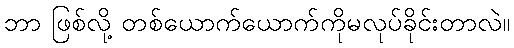
ဘာ ဖြစ်လို့ တစ်ယောက်ယောက်ကိုမလုပ်ခိုင်းတာလဲ။